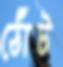
ঠোঁট